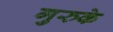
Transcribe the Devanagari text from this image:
गुरुके